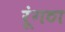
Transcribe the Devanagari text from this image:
रूंगठा